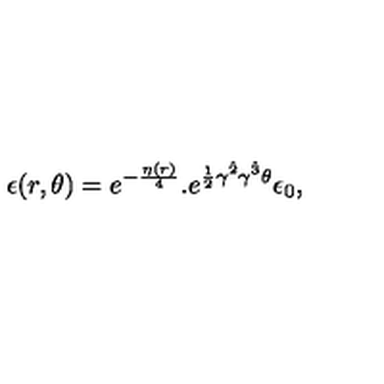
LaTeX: \epsilon ( r , \theta ) = e ^ { - { \frac { \eta ( r ) } { 4 } } } . e ^ { { \frac { 1 } { 2 } } \gamma ^ { \hat { 2 } } \gamma ^ { \hat { 3 } } \theta } \epsilon _ { 0 } ,